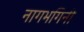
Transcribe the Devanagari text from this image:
नागभगिनी